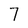
Character: 7